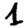
Digit: 1